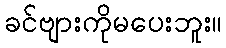
ခင်ဗျားကိုမပေးဘူး။